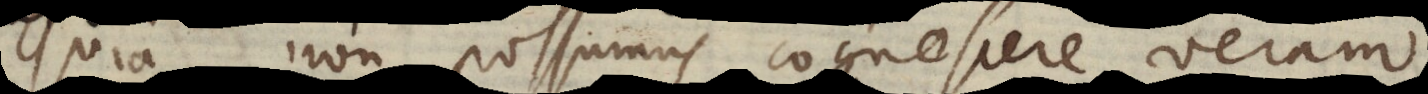
Quia non possumus cognoscere veram